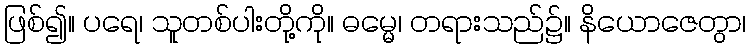
ဖြစ်၍။ ပရေ၊ သူတစ်ပါးတို့ကို။ ဓမ္မေ၊ တရားသည်၌။ နိယောဇေတွာ၊